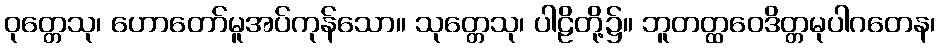
ဝုတ္တေသု၊ ဟောတော်မူအပ်ကုန်သော။ သုတ္တေသု၊ ပါဠိတို့၌။ ဘူတတ္ထဝေဒိတ္တမုပါဂတေန၊